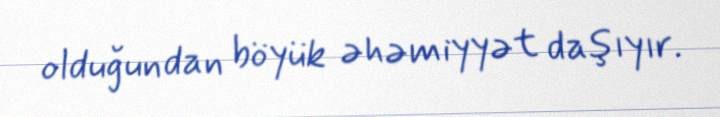
olduğundan böyük əhəmiyyət daşıyır.